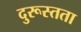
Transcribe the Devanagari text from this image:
दुरूस्तता